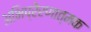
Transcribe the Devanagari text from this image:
अभिप्रेरणात्मक